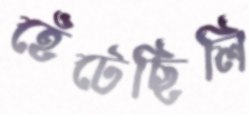
হেঁটেছিলি